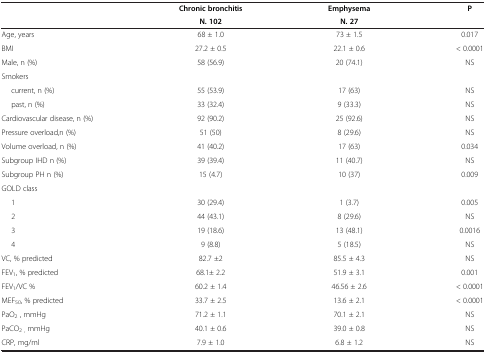
<table><thead><tr><td><b> </b></td><td><b>Chronic bronchitisN. 102</b></td><td><b>EmphysemaN. 27</b></td><td><b>P</b></td></tr></thead><tbody><tr><td>Age, years</td><td>68 ± 1.0</td><td>73 ± 1.5</td><td>0.017</td></tr><tr><td>BMI</td><td>27.2 ± 0.5</td><td>22.1 ± 0.6</td><td>&lt; 0.0001</td></tr><tr><td>Male, n (%)</td><td>58 (56.9)</td><td>20 (74.1)</td><td>NS</td></tr><tr><td>Smokers</td><td> </td><td> </td><td> </td></tr><tr><td>current, n (%)</td><td>55 (53.9)</td><td>17 (63)</td><td>NS</td></tr><tr><td>past, n (%)</td><td>33 (32.4)</td><td>9 (33.3)</td><td>NS</td></tr><tr><td>Cardiovascular disease, n (%)</td><td>92 (90.2)</td><td>25 (92.6)</td><td>NS</td></tr><tr><td>Pressure overload,n (%)</td><td>51 (50)</td><td>8 (29.6)</td><td>NS</td></tr><tr><td>Volume overload, n (%)</td><td>41 (40.2)</td><td>17 (63)</td><td>0.034</td></tr><tr><td>Subgroup IHD n (%)</td><td>39 (39.4)</td><td>11 (40.7)</td><td>NS</td></tr><tr><td>Subgroup PH n (%)</td><td>15 (4.7)</td><td>10 (37)</td><td>0.009</td></tr><tr><td>GOLD class</td><td> </td><td> </td><td> </td></tr><tr><td>1</td><td>30 (29.4)</td><td>1 (3.7)</td><td>0.005</td></tr><tr><td>2</td><td>44 (43.1)</td><td>8 (29.6)</td><td>NS</td></tr><tr><td>3</td><td>19 (18.6)</td><td>13 (48.1)</td><td>0.0016</td></tr><tr><td>4</td><td>9 (8.8)</td><td>5 (18.5)</td><td>NS</td></tr><tr><td>VC, % predicted</td><td>82.7 ±2</td><td>85.5 ± 4.3</td><td>NS</td></tr><tr><td>FEV<sub>1</sub>, % predicted</td><td>68.1± 2.2</td><td>51.9 ± 3.1</td><td>0.001</td></tr><tr><td>FEV<sub>1</sub>/VC %</td><td>60.2 ± 1.4</td><td>46.56 ± 2.6</td><td>&lt; 0.0001</td></tr><tr><td>MEF<sub>50</sub>, % predicted</td><td>33.7 ± 2.5</td><td>13.6 ± 2.1</td><td>&lt; 0.0001</td></tr><tr><td>PaO<sub>2</sub> , mmHg</td><td>71.2 ± 1.1</td><td>70.1 ± 2.1</td><td>NS</td></tr><tr><td>PaCO<sub>2 ,</sub> mmHg</td><td>40.1 ± 0.6</td><td>39.0 ± 0.8</td><td>NS</td></tr><tr><td>CRP, mg/ml</td><td>7.9 ± 1.0</td><td>6.8 ± 1.2</td><td>NS</td></tr></tbody></table>